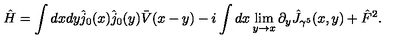
\hat { H } = \int d x d y \hat { j } _ { 0 } ( x ) \hat { j } _ { 0 } ( y ) \bar { V } ( x - y ) - i \int d x \lim _ { y \rightarrow x } \partial _ { y } \hat { J } _ { \gamma ^ { 5 } } ( x , y ) + \hat { F } ^ { 2 } .